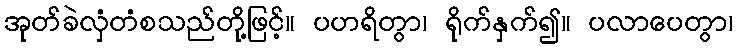
အုတ်ခဲလှံတံစသည်တို့ဖြင့်။ ပဟရိတွာ၊ ရိုက်နှက်၍။ ပလာပေတွာ၊